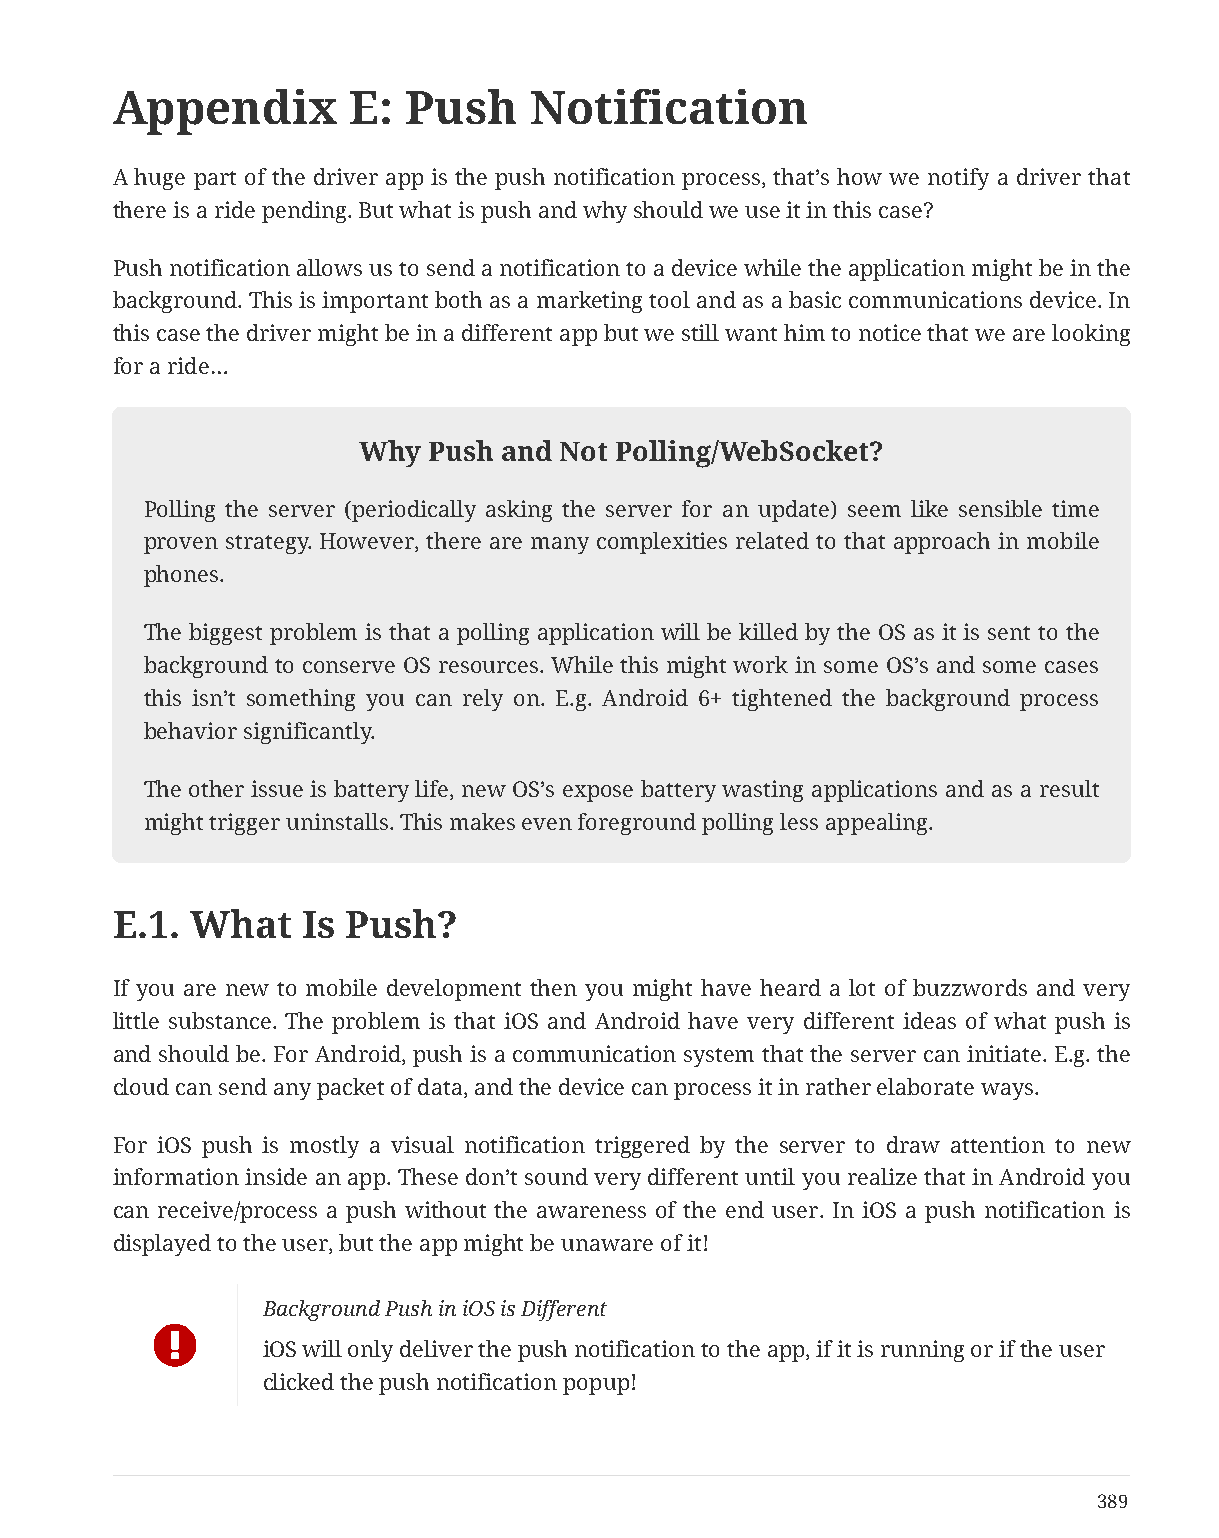
Appendix        E:  Push    Notification
 A huge part of the driver app is the push notification process, that’s how we notify a driver that
 there is a ride pending. But what is push and why should we use it in this case?
 Push notification allows us to send a notification to a device while the application might be in the
 background. This is important both as a marketing tool and as a basic communications device. In
 this case the driver might be in a different app but we still want him to notice that we are looking
 for a ride…
 Why Push and Not Polling/WebSocket?
 Polling the server (periodically asking the server for an update) seem like sensible time
 proven strategy. However, there are many complexities related to that approach in mobile
 phones.
 The biggest problem is that a polling application will be killed by the OS as it is sent to the
 background to conserve OS resources. While this might work in some OS’s and some cases
 this isn’t something you can rely on. E.g. Android 6+ tightened the background process
 behavior significantly.
 The other issue is battery life, new OS’s expose battery wasting applications and as a result
 might trigger uninstalls. This makes even foreground polling less appealing.
 E.1.  What   Is Push?
 If you are new to mobile development then you might have heard a lot of buzzwords and very
 little substance. The problem is that iOS and Android have very different ideas of what push is
 and should be. For Android, push is a communication system that the server can initiate. E.g. the
 cloud can send any packet of data, and the device can process it in rather elaborate ways.
 For iOS push is mostly a visual notification triggered by the server to draw attention to new
 information inside an app. These don’t sound very different until you realize that in Android you
 can receive/process a push without the awareness of the end user. In iOS a push notification is
 displayed to the user, but the app might be unaware of it!
 Background Push in iOS is Different
 
 iOS will only deliver the push notification to the app, if it is running or if the user
 clicked the push notification popup!
 389